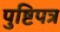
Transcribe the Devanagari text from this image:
पुष्टिपत्र